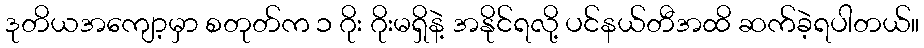
ဒုတိယအကျော့မှာ စတုတ်က ၁ ဂိုး ဂိုးမရှိနဲ့ အနိုင်ရလို့ ပင်နယ်တီအထိ ဆက်ခဲ့ရပါတယ်။